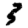
Digit: 3